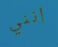
أنني